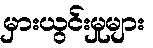
မှားယွင်းမှုများ